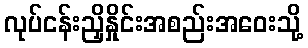
လုပ်ငန်းညှိနှိုင်းအစည်းအဝေးသို့